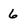
Character: 6